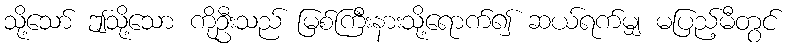
သို့သော် ဤသို့သော ကိုဦးသည် မြစ်ကြီးနားသို့ရောက်၍ ဆယ်ရက်မျှ မပြည့်မီတွင်